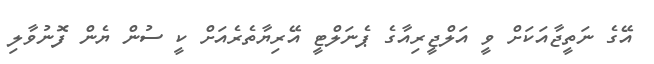
އޭގެ ނަތީޖާއަކަށް ވީ އަލްޖީރިއާގެ ޕެނަލްޓީ އޭރިޔާތެރެއަށް ކީ ސުން ޔެން ފޮނުވާލި